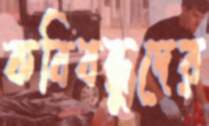
কবিবন্ধুদের